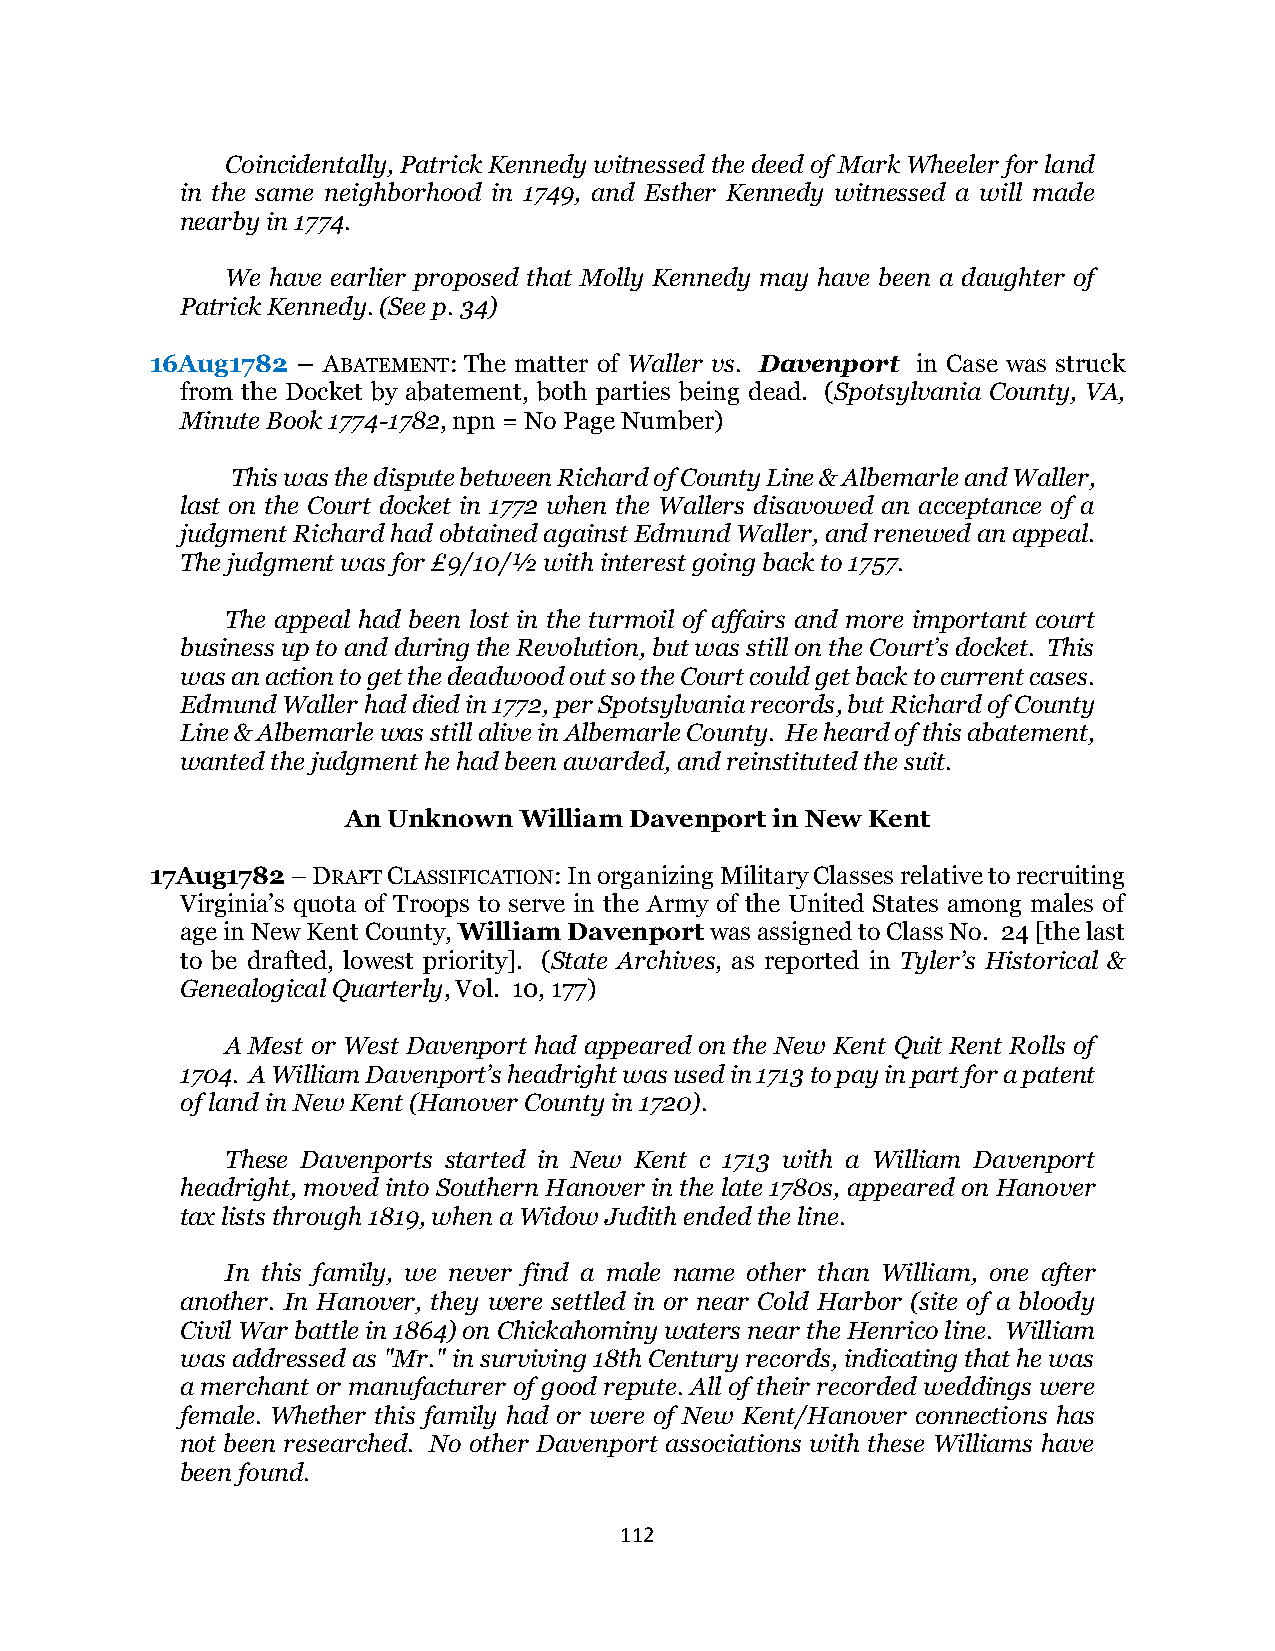
Coincidentally, Patrick Kennedy witnessed the deed of Mark Wheeler for land
 in the same neighborhood in 1749, and Esther Kennedy witnessed a will made
 nearby in 1774.
 We have earlier proposed that Molly Kennedy may have been a daughter of
 Patrick Kennedy. (See p. 34)
 16Aug1782 – ABATEMENT: The matter of Waller vs. Davenport in Case was struck
 from the Docket by abatement, both parties being dead. (Spotsylvania County, VA,
 Minute Book 1774-1782, npn = No Page Number)
 This was the dispute between Richard of County Line & Albemarle and Waller,
 last on the Court docket in 1772 when the Wallers disavowed an acceptance of a
 judgment Richard had obtained against Edmund Waller, and renewed an appeal.
 The judgment was for £9/10/½ with interest going back to 1757.
 The appeal had been lost in the turmoil of affairs and more important court
 business up to and during the Revolution, but was still on the Court’s docket. This
 was an action to get the deadwood out so the Court could get back to current cases.
 Edmund Waller had died in 1772, per Spotsylvania records, but Richard of County
 Line & Albemarle was still alive in Albemarle County. He heard of this abatement,
 wanted the judgment he had been awarded, and reinstituted the suit.
 An Unknown William Davenport in New Kent
 17Aug1782 – DRAFT CLASSIFICATION: In organizing Military Classes relative to recruiting
 Virginia’s quota of Troops to serve in the Army of the United States among males of
 age in New Kent County, William Davenport was assigned to Class No. 24 [the last
 to be drafted, lowest priority]. (State Archives, as reported in Tyler’s Historical &
 Genealogical Quarterly, Vol. 10, 177)
 A Mest or West Davenport had appeared on the New Kent Quit Rent Rolls of
 1704. A William Davenport’s headright was used in 1713 to pay in part for a patent
 of land in New Kent (Hanover County in 1720).
 These Davenports started in New Kent c 1713 with a William Davenport
 headright, moved into Southern Hanover in the late 1780s, appeared on Hanover
 tax lists through 1819, when a Widow Judith ended the line.
 In this family, we never find a male name other than William, one after
 another. In Hanover, they were settled in or near Cold Harbor (site of a bloody
 Civil War battle in 1864) on Chickahominy waters near the Henrico line. William
 was addressed as "Mr." in surviving 18th Century records, indicating that he was
 a merchant or manufacturer of good repute. All of their recorded weddings were
 female. Whether this family had or were of New Kent/Hanover connections has
 not been researched. No other Davenport associations with these Williams have
 been found.
 112